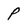
Character: P